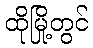
ထိုမြို့တွင်